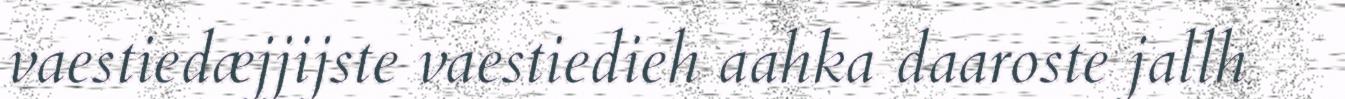
vaestiedæjjijste vaestiedieh aahka daaroste jallh